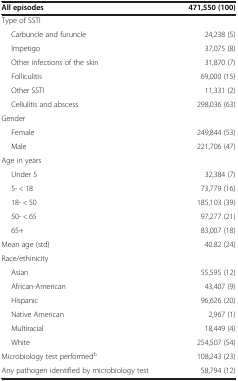
<table><thead><tr><td><b>All episodes</b></td><td><b>471,550 (100)</b></td></tr></thead><tbody><tr><td>Type of SSTI</td><td> </td></tr><tr><td>Carbuncle and furuncle</td><td>24,238 (5)</td></tr><tr><td>Impetigo</td><td>37,075 (8)</td></tr><tr><td>Other infections of the skin</td><td>31,870 (7)</td></tr><tr><td>Folliculitis</td><td>69,000 (15)</td></tr><tr><td>Other SSTI</td><td>11,331 (2)</td></tr><tr><td>Cellulitis and abscess</td><td>298,036 (63)</td></tr><tr><td>Gender</td><td> </td></tr><tr><td>Female</td><td>249,844 (53)</td></tr><tr><td>Male</td><td>221,706 (47)</td></tr><tr><td>Age in years</td><td> </td></tr><tr><td>Under 5</td><td>32,384 (7)</td></tr><tr><td>5- &lt; 18</td><td>73,779 (16)</td></tr><tr><td>18- &lt; 50</td><td>185,103 (39)</td></tr><tr><td>50- &lt; 65</td><td>97,277 (21)</td></tr><tr><td>65+</td><td>83,007 (18)</td></tr><tr><td>Mean age (std)</td><td>40.82 (24)</td></tr><tr><td>Race/ethinicity</td><td> </td></tr><tr><td>Asian</td><td>55,595 (12)</td></tr><tr><td>African-American</td><td>43,407 (9)</td></tr><tr><td>Hispanic</td><td>96,626 (20)</td></tr><tr><td>Native American</td><td>2,967 (1)</td></tr><tr><td>Multiracial</td><td>18,449 (4)</td></tr><tr><td>White</td><td>254,507 (54)</td></tr><tr><td>Microbiology test performed<sup>b</sup></td><td>108,243 (23)</td></tr><tr><td>Any pathogen identified by microbiology test</td><td>58,794 (12)</td></tr></tbody></table>